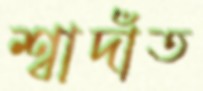
শ্বাদাঁত